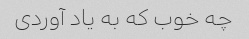
چه خوب که به یاد آوردی